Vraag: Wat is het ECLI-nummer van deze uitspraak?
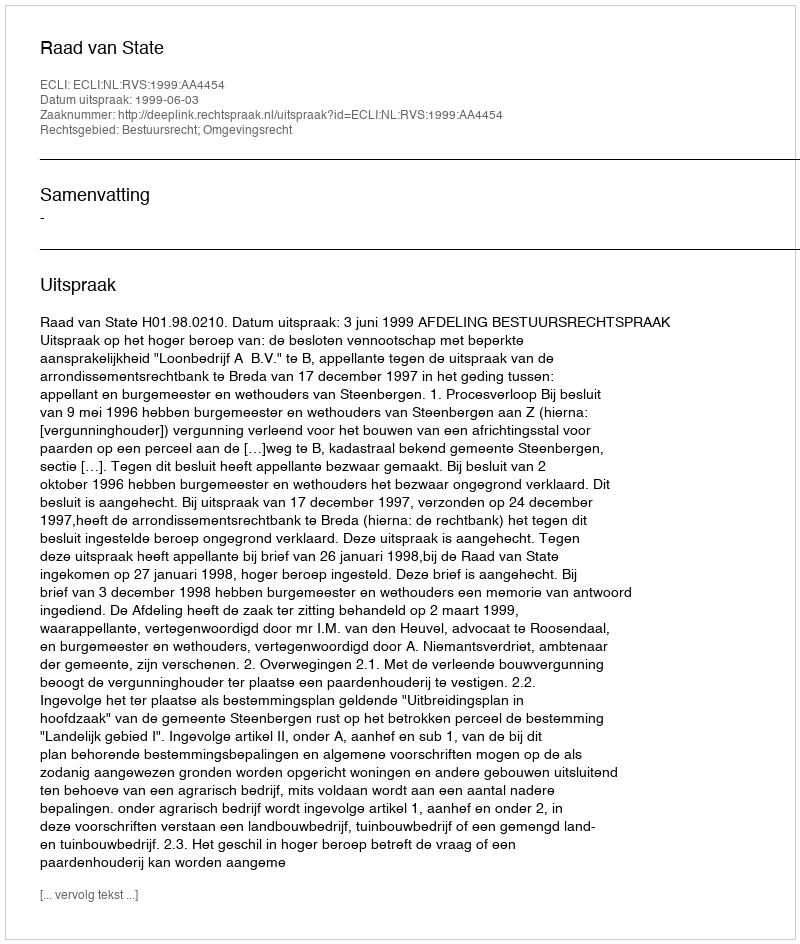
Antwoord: ECLI:NL:RVS:1999:AA4454